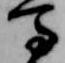
馬